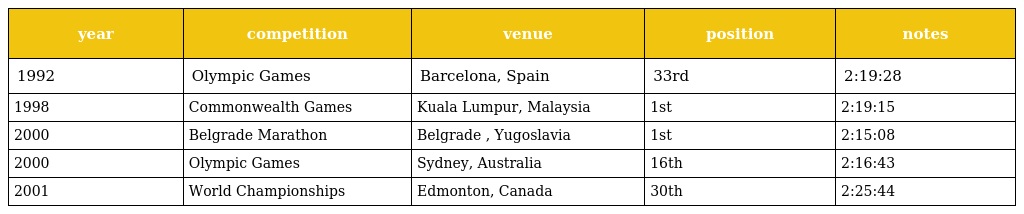
| year | competition | venue | position | notes |
 | --- | --- | --- | --- | --- |
 | 1992 | Olympic Games | Barcelona, Spain | 33rd | 2:19:28 |
 | 1998 | Commonwealth Games | Kuala Lumpur, Malaysia | 1st | 2:19:15 |
 | 2000 | Belgrade Marathon | Belgrade , Yugoslavia | 1st | 2:15:08 |
 | 2000 | Olympic Games | Sydney, Australia | 16th | 2:16:43 |
 | 2001 | World Championships | Edmonton, Canada | 30th | 2:25:44 |